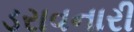
ડરાવનારી